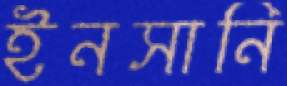
ইনসানি